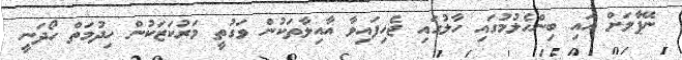
ނޭޕާލަށް އައި ބިންހެލުމުގައި ހާލުގައި ޖެހިފައިވާ އާއިލާތަކުން ވަގުތީ މަރުކަޒަކުން ހިދުމަތް ހޯދަނީ